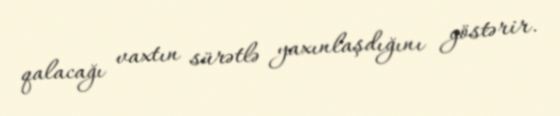
qalacağı vaxtın sürətlə yaxınlaşdığını göstərir.